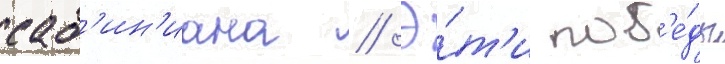
саб'ин'иана // Э́т'и поб'е́ды